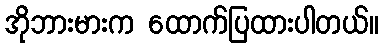
အိုဘားမားက ထောက်ပြထားပါတယ်။